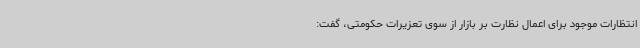
انتظارات موجود برای اعمال نظارت بر بازار از سوی تعزیرات حکومتی، گفت: